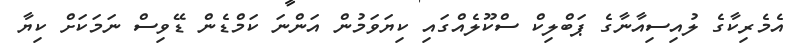
އެމެރިކާގެ ލުއިސިއާނާގެ ޕަބްލިކް ސްކޫލެއްގައި ކިޔަވަމުން އަންނަ ކަމްޑެން ޑޭވިސް ނަމަކަށް ކިޔާ